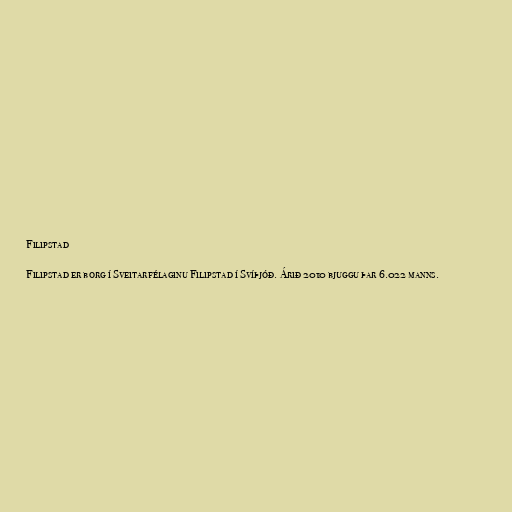
Filipstad

Filipstad er borg í Sveitarfélaginu Filipstad í Svíþjóð. Árið 2010 bjuggu þar 6.022 manns.